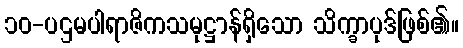
၁၀-ပဌမပါရာဇိကသမုဋ္ဌာန်ရှိသော သိက္ခာပုဒ်ဖြစ်၏။